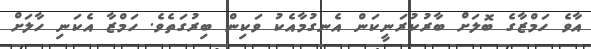
އާވެ ހަމްޒާގެ ބޮލަށް ބާރުކުރަނީކަން އެނގުމާއެކު ވަކިން ބިރުގަތެވެ. ހަމްޒާ އެކަނި ހާލަށް